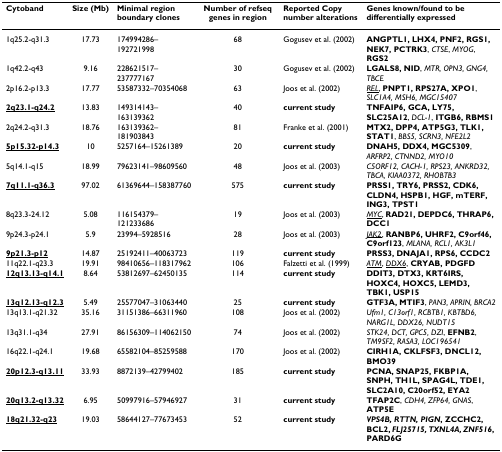
<table><thead><tr><td><b>Cytoband</b></td><td><b>Size (Mb)</b></td><td><b>Minimal region boundary clones</b></td><td><b>Number of refseq genes in region</b></td><td><b>Reported Copy number alterations</b></td><td><b>Genes known/found to be differentially expressed</b></td></tr></thead><tbody><tr><td>1q25.2-q31.3</td><td>17.73</td><td>174994286–192721998</td><td>68</td><td>Gogusev et al. (2002)</td><td><b>ANGPTL1, LHX4, PNF2, RGS1, NEK7, PCTRK3</b>, <i>CTSE</i>, <i>MYOG</i>, <b>RGS2</b></td></tr><tr><td>1q42.2-q43</td><td>9.16</td><td>228621517–237777167</td><td>30</td><td>Gogusev et al. (2002)</td><td><b>LGALS8, NID</b>, <i>MTR, OPN3, GNG4, TBCE</i></td></tr><tr><td>2p16.2-p13.3</td><td>17.77</td><td>53587332–70354068</td><td>63</td><td>Joos et al. (2002)</td><td><underline><i>REL</i></underline>, <b>PNPT1, RPS27A, XPO1</b>, <i>SLC1A4, MSH6, MGC15407</i></td></tr><tr><td><b><underline>2q23.1-q24.2</underline></b></td><td>13.83</td><td>149314143–163139362</td><td>40</td><td><b>current study</b></td><td><b>TNFAIP6, GCA, LY75, SLC25A12</b>, <i>DCL-1</i>, <b>ITGB6, RBMS1</b></td></tr><tr><td>2q24.2-q31.3</td><td>18.76</td><td>163139362–181903843</td><td>81</td><td>Franke et al. (2001)</td><td><b>MTX2, DPP4, ATP5G3, TLK1, STAT1</b>, <i>BBS5, SCRN3, NFE2L2</i></td></tr><tr><td><b><underline>5p15.32-p14.3</underline></b></td><td>10</td><td>5257164–15261389</td><td>20</td><td><b>current study</b></td><td><b>DNAH5, DDX4, MGC5309</b>, <i>ARFRP2, CTNND2, MYO10</i></td></tr><tr><td>5q14.1-q15</td><td>18.99</td><td>79623141–98609560</td><td>48</td><td>Joos et al. (2003)</td><td><i>C5ORF12, CACH-1, RPS23, ANKRD32, TBCA, KIAA0372, RHOBTB3</i></td></tr><tr><td><b><underline>7q11.1-q36.3</underline></b></td><td>97.02</td><td>61369644–158387760</td><td>575</td><td><b>current study</b></td><td><b>PRSS1, TRY6, PRSS2, CDK6, CLDN4, HSPB1, HGF, mTERF, ING3, TPST1</b></td></tr><tr><td>8q23.3-24.12</td><td>5.08</td><td>116154379–121233686</td><td>19</td><td>Joos et al. (2003)</td><td><underline><i>MYC</i></underline>, <b>RAD21, DEPDC6, THRAP6, DCC1</b></td></tr><tr><td>9p24.3-p24.1</td><td>5.9</td><td>23994–5928516</td><td>28</td><td>Joos et al. (2003)</td><td><underline><i>JAK2</i></underline>, <b>RANBP6, UHRF2, C9orf46, C9orf123</b>, <i>MLANA, RCL1, AK3L1</i></td></tr><tr><td><b><underline>9p21.3-p12</underline></b></td><td>14.87</td><td>25192411–40063723</td><td>119</td><td><b>current study</b></td><td><b>PRSS3, DNAJA1, RPS6, CCDC2</b></td></tr><tr><td>11q22.1-q23.3</td><td>19.91</td><td>98410656–118317962</td><td>106</td><td>Falzetti et al. (1999)</td><td><underline><i>ATM</i></underline>, <underline><i>DDX6</i></underline>, <b>CRYAB, PDGFD</b></td></tr><tr><td><b><underline>12q13.13-q14.1</underline></b></td><td>8.64</td><td>53812697–62450135</td><td>114</td><td><b>current study</b></td><td><b>DDIT3, DTX3, KRT6IRS, HOXC4, HOXC5, LEMD3, TBK1, USP15</b></td></tr><tr><td><b><underline>13q12.13-q12.3</underline></b></td><td>5.49</td><td>25577047–31063440</td><td>25</td><td><b>current study</b></td><td><b>GTF3A, MTIF3</b>, <i>PAN3, APRIN, BRCA2</i></td></tr><tr><td>13q13.1-q21.32</td><td>35.16</td><td>31151386–66311960</td><td>108</td><td>Joos et al. (2002)</td><td><i>Ufm1, C13orf1, RCBTB1, KBTBD6, NARG1L, DDX26, NUDT15</i></td></tr><tr><td>13q31.1-q34</td><td>27.91</td><td>86156309–114062150</td><td>74</td><td>Joos et al. (2002)</td><td><i>STK24, DCT, GPC5, DZI</i>, <b>EFNB2</b>, <i>TM9SF2, RASA3, LOC196541</i></td></tr><tr><td>16q22.1-q24.1</td><td>19.68</td><td>65582104–85259588</td><td>170</td><td>Joos et al. (2002)</td><td><b>CIRH1A, CKLFSF3, DNCL12, BMO39</b></td></tr><tr><td><b><underline>20p12.3-q13.11</underline></b></td><td>33.93</td><td>8872139–42799402</td><td>185</td><td><b>current study</b></td><td><b>PCNA, SNAP25, FKBP1A, SNPH, TH1L, SPAG4L, TDE1, SLC2A10, C20orf52, EYA2</b></td></tr><tr><td><b><underline>20q13.2-q13.32</underline></b></td><td>6.95</td><td>50997916–57946927</td><td>31</td><td><b>current study</b></td><td><b>TFAP2C</b>, <i>CDH4, ZFP64, GNAS</i>, <b>ATP5E</b></td></tr><tr><td><b><underline>18q21.32-q23</underline></b></td><td>19.03</td><td>58644127–77673453</td><td>52</td><td><b>current study</b></td><td><b><i>VPS4B, RTTN, PIGN</i>, ZCCHC2, BCL2, <i>FLJ25715, TXNL4A, ZNF516</i>, PARD6G</b></td></tr></tbody></table>